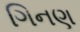
ગિનણ